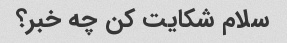
سلام شکایت کن چه خبر؟